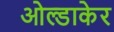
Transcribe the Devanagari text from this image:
ओल्डाकेर